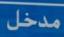
مدخل